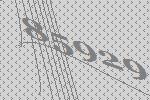
85929